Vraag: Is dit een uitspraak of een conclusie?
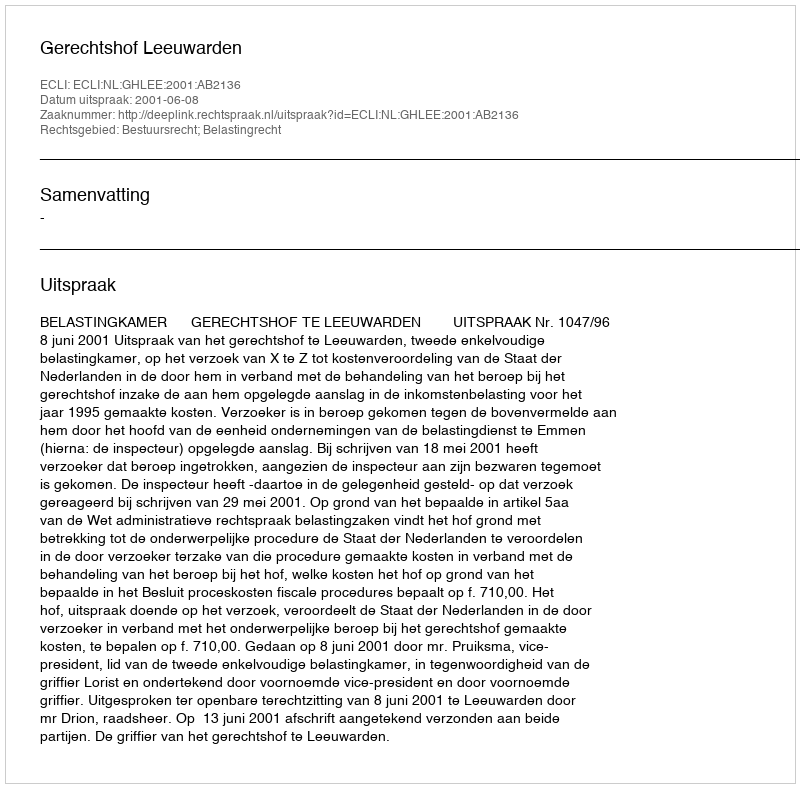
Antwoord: Uitspraak